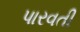
પારવતી